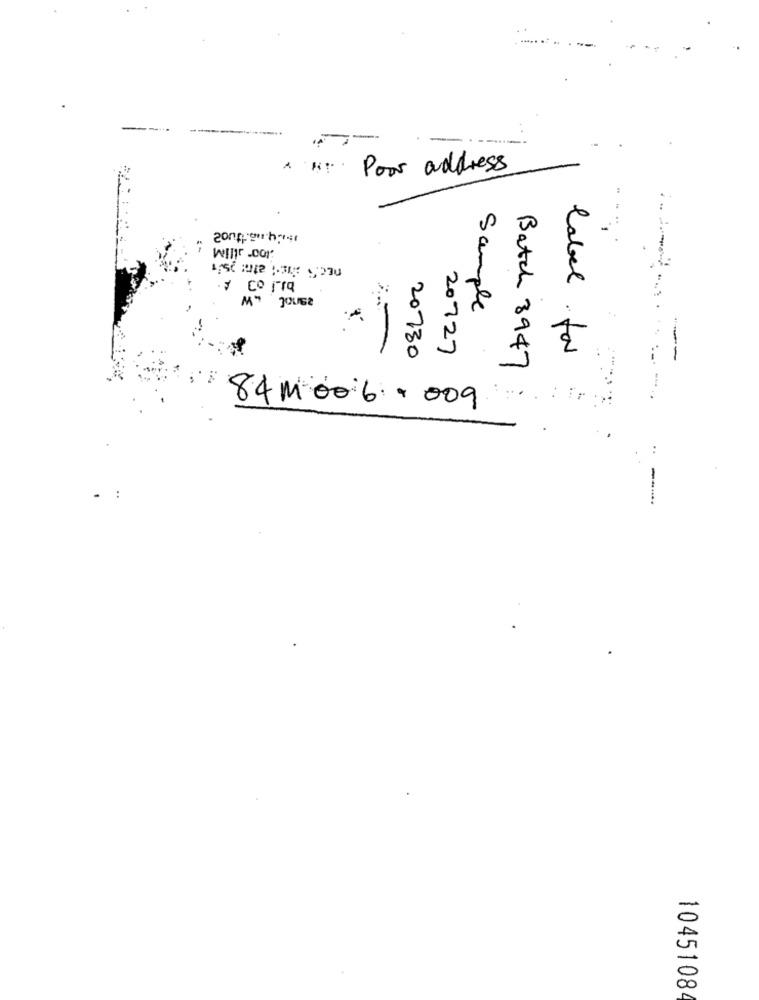
Poor address
7 cº rq
Sample
20727
label for
1.
20730
Batch 8947
...
84 Moo 6. 009
-
1045108